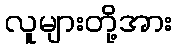
လူများတို့အား